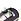
باث